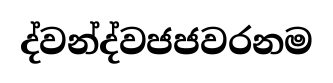
ද්වන්ද්වජජවරනම